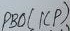
Text: PB0